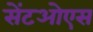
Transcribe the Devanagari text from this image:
सेंटओएस